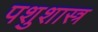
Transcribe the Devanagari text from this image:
पशुशास्त्र